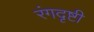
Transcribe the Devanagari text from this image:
रंगदृष्टी